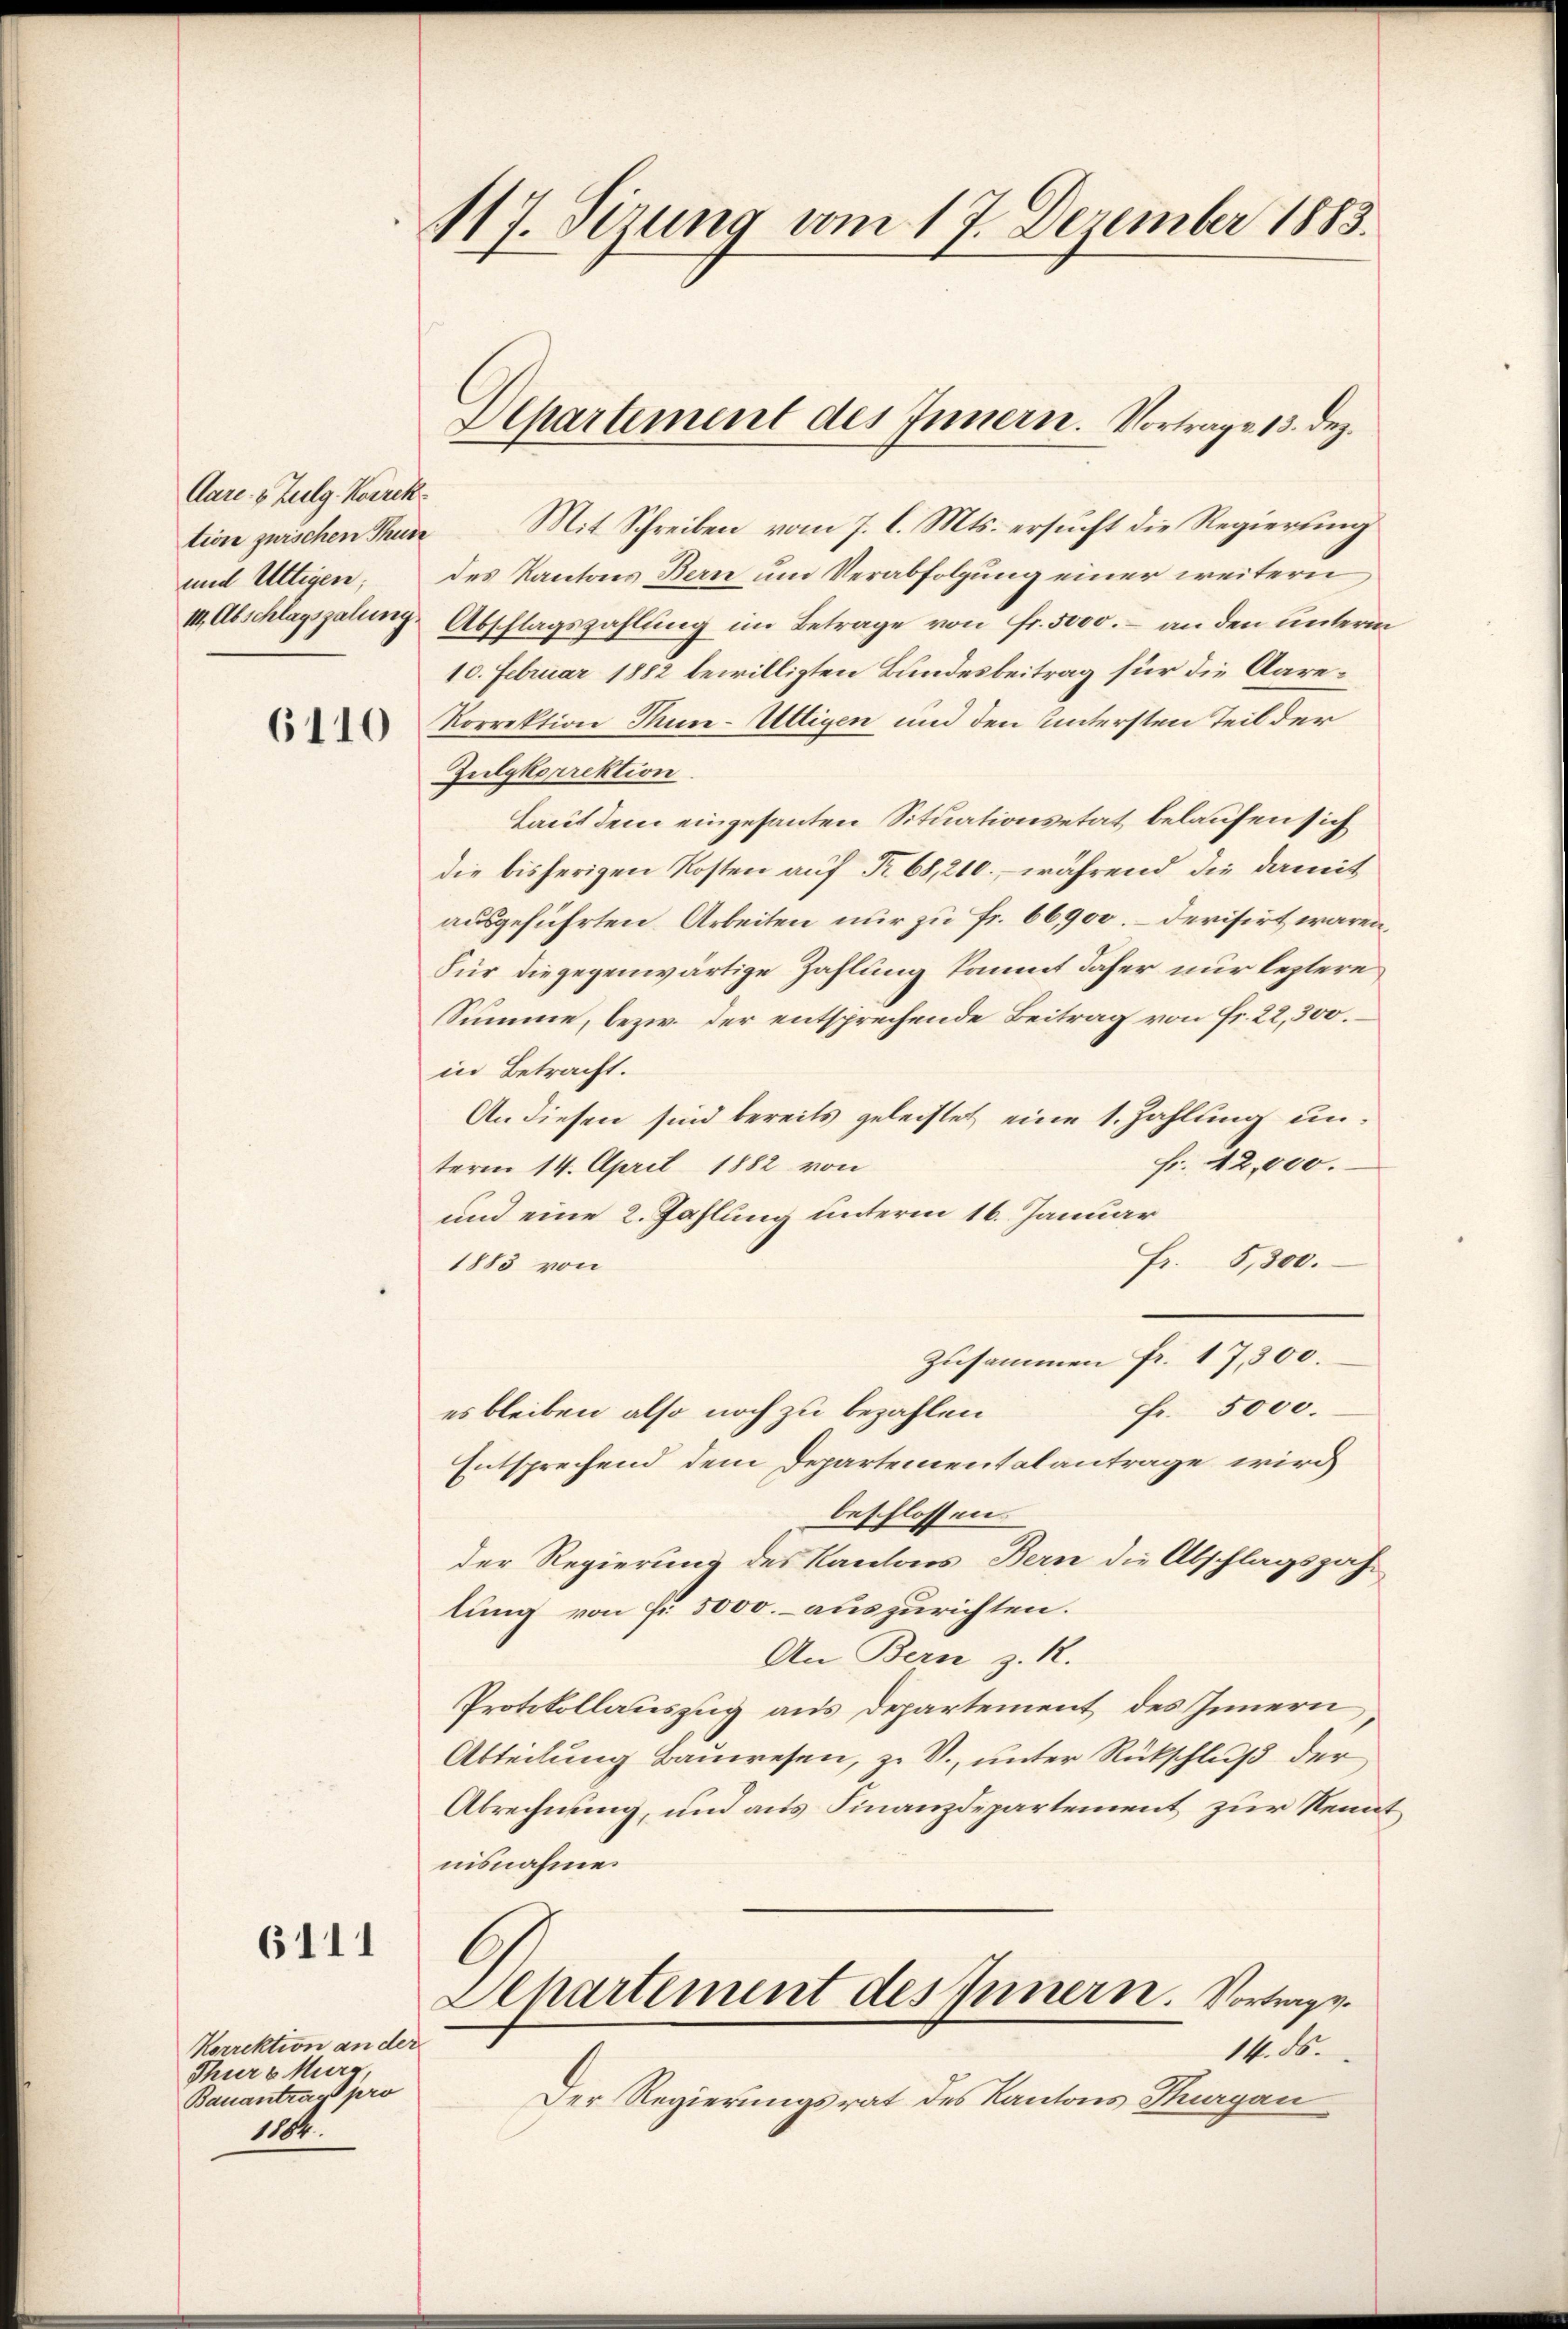
Aare v. Zulg. Korrek
und Ultigen;

6111

tion zwischen Thun. Mit Schreiben vom 7. l. Mts. ersucht die Regierung
des Kantons Bern und Verabfolgung einer weitern
II. Abschlagsgalung, Abschlagszahlung im Betrage von Fr. 5000.- an den unterm
10. Februar 1882 bewilligten Bundesbeitrag für die Aare¬
Korrektion Thun-Ultigen und den Untersten Teil der
Zulykorrektion
Laut dem eingesanten Situationsetat belaufen sich
die bisherigen Kosten auf Nr. 68,210., während die damit
ausgeführten Arbeiten nur zu Fr. 66,900.- derisirt wären,
Für die gegenwärtige Zahlung kommt daher nur leztere
Summe, bezw. der entsprechende Beitrag von Fr. 22,300.
in Betracht.
An diesen sind bereits geleistet eine 1. Zahlung unfr. 42,000.
term 14. April 1882 von
und eine 2. Zahlung unterm 16. Januar
Fr. 5,300.
1883 von
Zusammen fr. 17,300.
Fr. 5000.
es bleiben also noch zu bezahlen
Entsprechend dem Departementalantrage wird
beschlossen
der Regierung des Kantons Bern die Abschlagszäh-
lung von Fr. 5000. auszurichten.
An Bern z. R.
Protokollauszug aus Departement des Innern
Abteilung Bauwesen, z. V., unter Rückschluß der
Abrechnung, und aus Finanzdepartement zur Kenntnisnahme.
l
Aepartement des Innern. Vortrags¬
14. ds.
Der Regierungsrat des Kantons Thurgau

Korrektion an der
Thüre Marg
Bauantrag pro
1101.

117. Sizung vom 17. Dezember 1883.

Departement des Innern. Vortrage 13. dez.